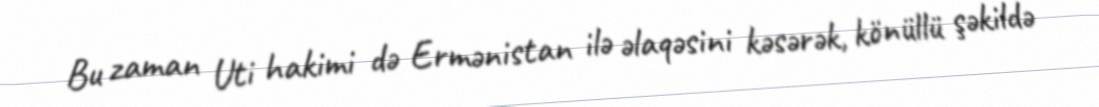
Bu zaman Uti hakimi də Ermənistan ilə əlaqəsini kəsərək, könüllü şəkildə